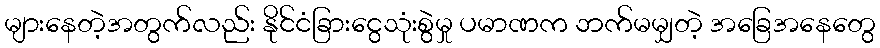
များနေတဲ့အတွက်လည်း နိုင်ငံခြားငွေသုံးစွဲမှု ပမာဏက ဘက်မမျှတဲ့ အခြေအနေတွေ